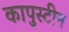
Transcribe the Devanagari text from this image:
कापुस्टीन